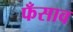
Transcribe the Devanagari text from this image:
फँसाव